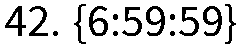
42. {6:59:59}